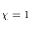
\chi = 1